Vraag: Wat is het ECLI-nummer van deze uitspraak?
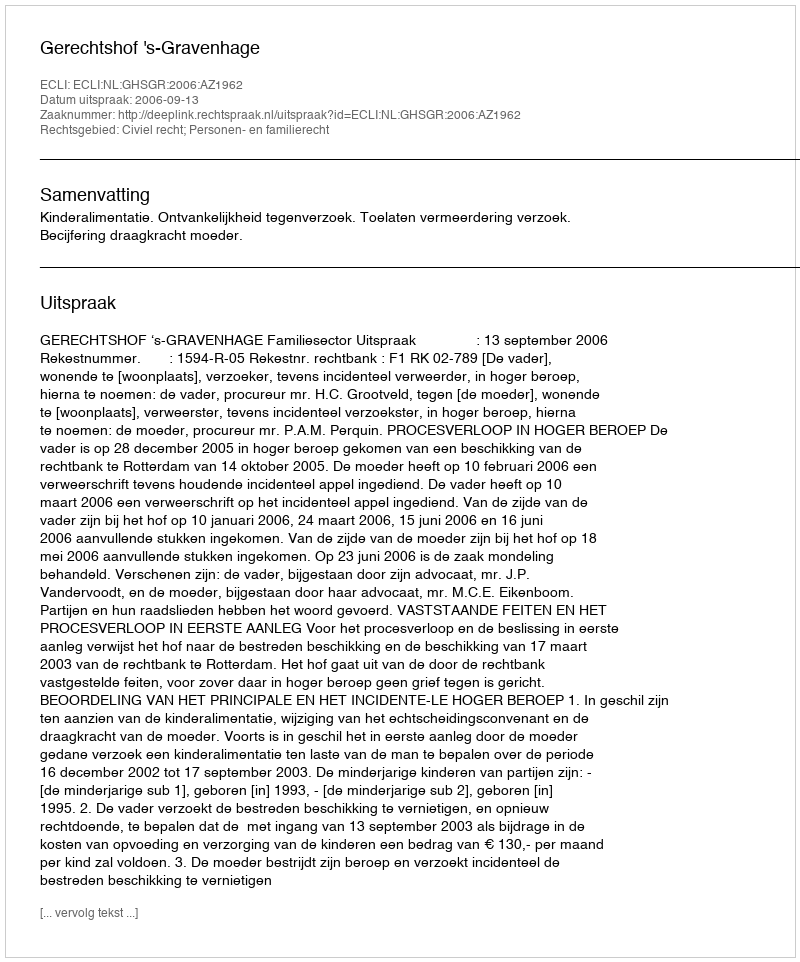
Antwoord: ECLI:NL:GHSGR:2006:AZ1962